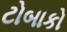
ટોબાકો